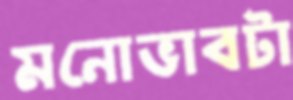
মনোভাবটা